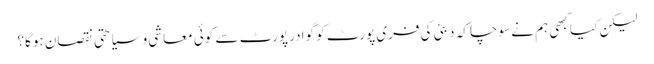
لیکن کیا کبھی ہم نے سوچا کہ دبئی کی فری پورٹ کو گوادر پورٹ سے کوئی معاشی و سیاحتی نقصان ہوگا؟